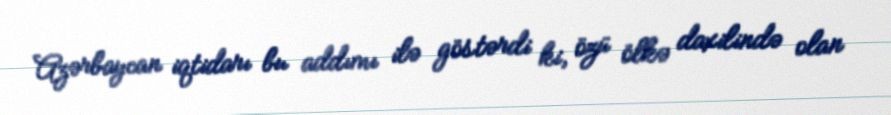
Azərbaycan iqtidarı bu addımı ilə göstərdi ki, özü ölkə daxilində olan